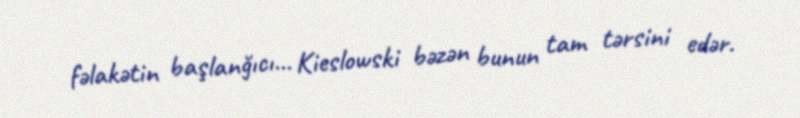
fəlakətin başlanğıcı... Kieslowski bəzən bunun tam tərsini edər.